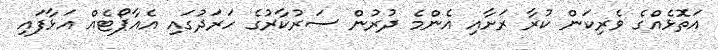
އަތޮޅެއްގެ ވެރިކަން ކުރާ ރަށާއި އެންމެ ދުރުން ސަރުކާރުގެ ހަރަދުގައި އެއާޕޯޓެއް އަޅާފައި